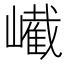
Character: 𡽱